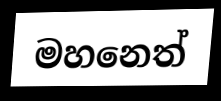
මහනෙත්